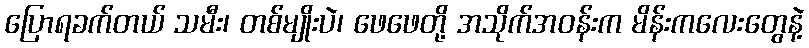
ပြောရခက်တယ် သမီး၊ တစ်မျိုးပဲ၊ ဖေဖေတို့ အသိုက်အဝန်းက မိန်းကလေးတွေနဲ့